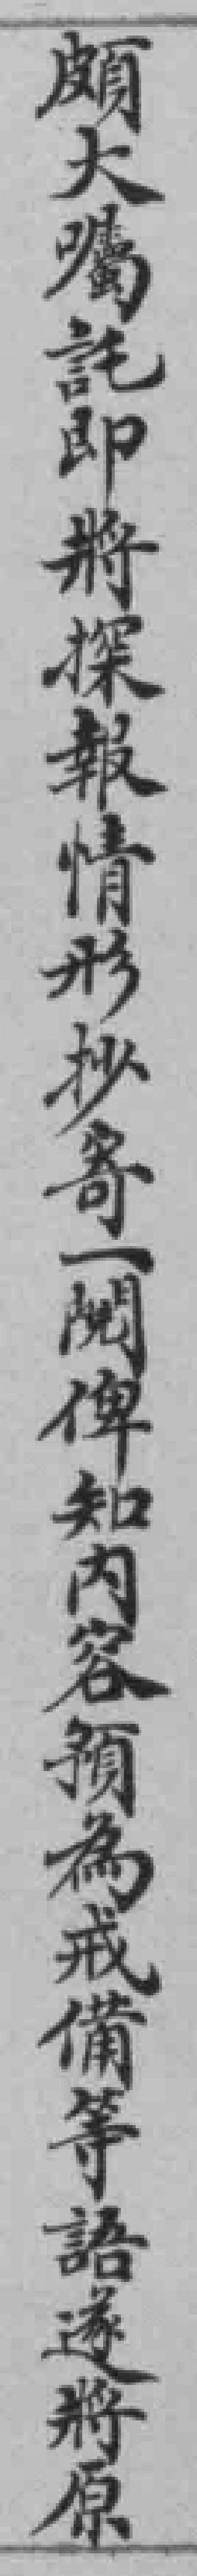
頗大嘱託即將探報情形抄寄一閲俾知內容預為戒備等語遂將原